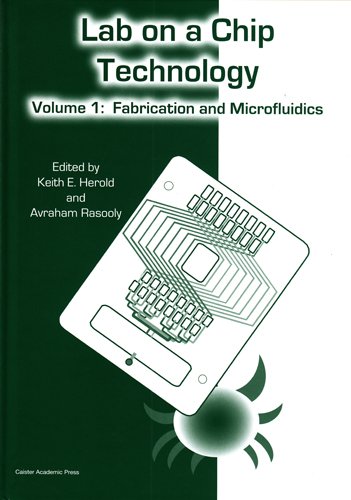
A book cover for Lab on a Chip Technology: Volume 1: Fabrication and Microfluidics; Science & Math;